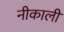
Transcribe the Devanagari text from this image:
नीकाली